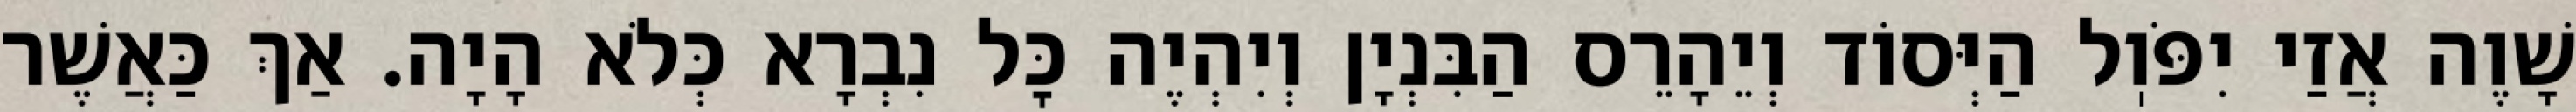
שָׁוֶה אֲזַי יִפֹּוֽל הַיְּסוֹד וְיֵהָרֵס הַבִּנְיָן וְיִהְיֶה כׇּל נִבְרָא כְּלֹא הָיָה. אַךְ כַּאֲשֶׁר